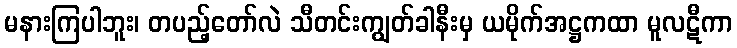
မနားကြပါဘူး၊ တပည့်တော်လဲ သီတင်းကျွတ်ခါနီးမှ ယမိုက်အဋ္ဌကထာ မူလဋီကာ